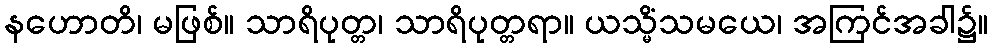
နဟောတိ၊ မဖြစ်။ သာရိပုတ္တ၊ သာရိပုတ္တရာ။ ယသ္မိံသမယေ၊ အကြင်အခါ၌။